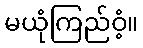
မယုံကြည်ဝံ့။